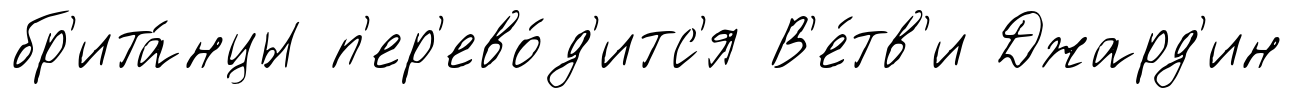
бр'ита́нцы п'ер'ево́д'итс'я В'е́тв'и Джард'ин